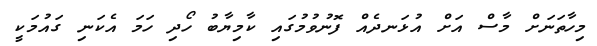
މިހާތަނަށް މާސް އަށް އުޅަނދެއް ފޮނުވުމުގައި ކާމިޔާބު ހޯދި ހަމަ އެކަނި ގައުމަކީ